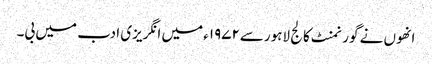
انھوں نے گورنمنٹ کالج لاہورسے۱۹۷۲ء میں انگریزی ادب میں بی۔